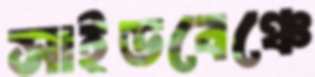
সাইডবেঞ্চে